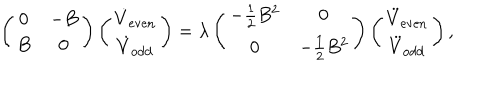
\left( \begin{array} { c c } { { 0 } } & { { - B } } \\ { { B } } & { { 0 } } \\ \end{array} \right) \left( \begin{array} { c } { { \dot { V } _ { \mathrm { e v e n } } } } \\ { { \dot { V } _ { \mathrm { o d d } } } } \\ \end{array} \right) = \lambda \left( \begin{array} { c c } { { - { \frac { 1 } { 2 } } B ^ { 2 } } } & { { 0 } } \\ { { 0 } } & { { - { \frac { 1 } { 2 } } B ^ { 2 } } } \\ \end{array} \right) \left( \begin{array} { c } { { \ddot { V } _ { \mathrm { e v e n } } } } \\ { { \ddot { V } _ { \mathrm { o d d } } } } \\ \end{array} \right) ,